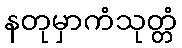
နတုမှာကံသုတ္တံ